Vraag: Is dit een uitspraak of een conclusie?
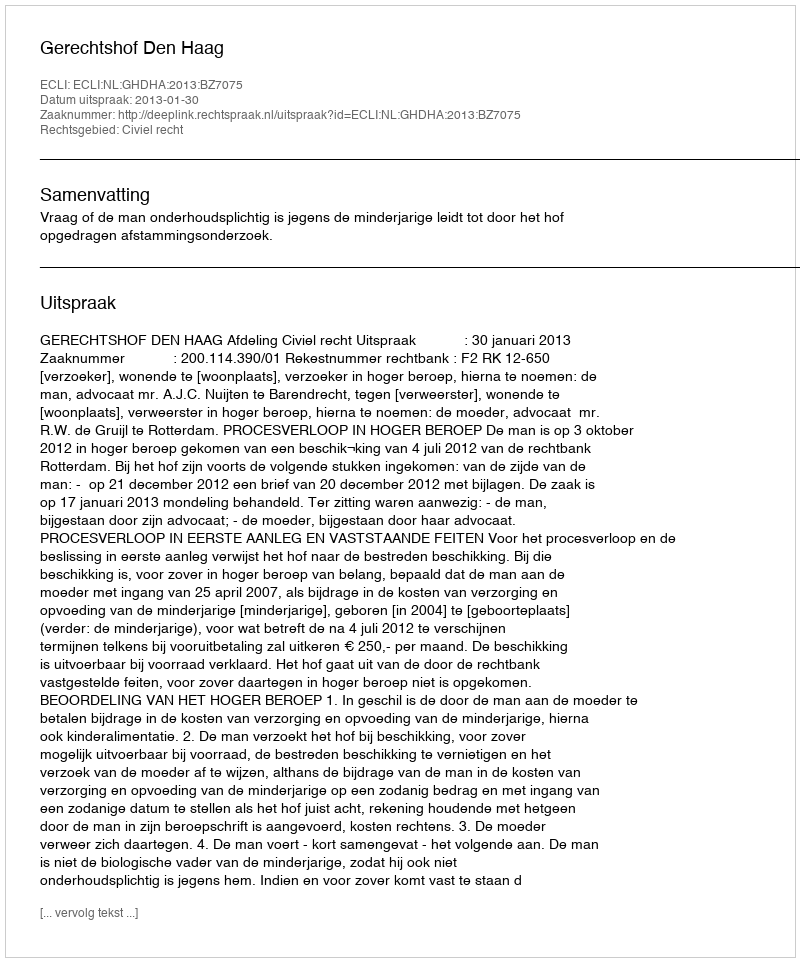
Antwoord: Uitspraak